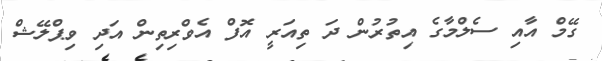
ގޭމް އާއި ސެލްމާގެ އިތުރުން ދަ ތިއަރީ އޮފް އެވްރިތިން އަދި ވިޕްލޭޝް